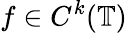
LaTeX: f\in C^{k}(\mathbb{T})